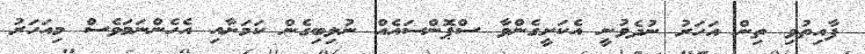
ފާއިތުވި ތިން އަހަރު ނުދެވުނީ އެކަށީގެންވާ ސްޕޮންސައެއް ނުލިބިގެން ކަމަށާއި އެހެންނަމަވެސް މިއަހަރު